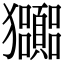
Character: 𤣠